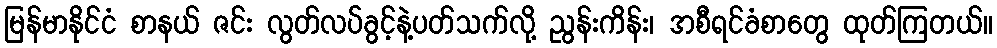
မြန်မာနိုင်ငံ စာနယ် ဇင်း လွတ်လပ်ခွင့်နဲ့ပတ်သက်လို့ ညွန်းကိန်း၊ အစီရင်ခံစာတွေ ထုတ်ကြတယ်။